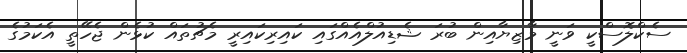
ސެކްލޮސްކީ ވަނީ މާޒިޔާއިން ބުރަ ޝެޑިއުލްއެއްގައި ކައިރިކައިރީ މެޗުތައް ކުޅެން ޖެހޭތީ އެކަމުގެ